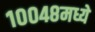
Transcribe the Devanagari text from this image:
१००४८मध्ये